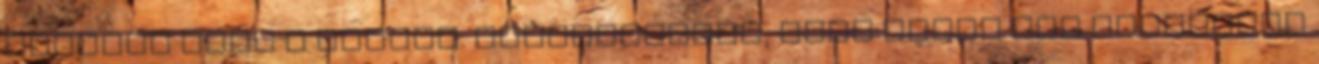
kezdeni vele a társak. Előfordulhat, hogy ezért nem törekszik